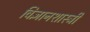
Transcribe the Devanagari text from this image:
विज्ञानशास्त्री